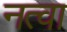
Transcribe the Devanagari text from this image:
नत्वा